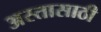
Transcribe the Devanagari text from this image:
अस्तासाठी